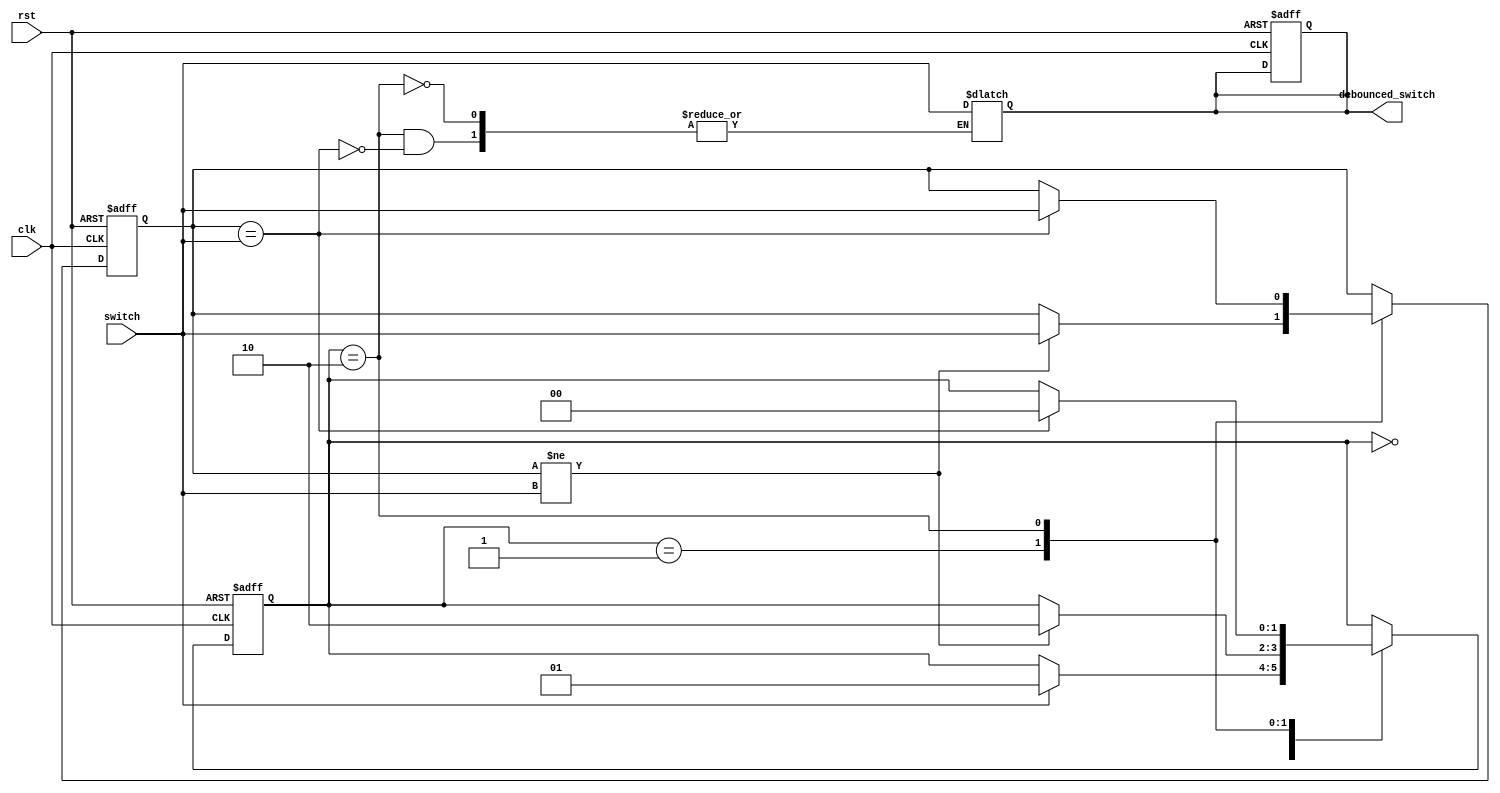
module debounce(input rst, clk, switch, output reg debounced_switch);
    parameter IDLE = 2'b00;
    parameter RISING_EDGE = 2'b01;
    parameter FALLING_EDGE = 2'b10;
    
    reg [1:0] state, next_state;
    reg sample, next_sample;
    
    always @(posedge clk or posedge rst) begin
        if (rst) begin
            state <= IDLE;
            sample <= 1'b0;
            debounced_switch <= 1'b0;
        end else begin
            state <= next_state;
            sample <= next_sample;
        end
    end
    
    always @* begin
        next_state = state;
        next_sample = sample;
        
        case (state)
            IDLE: begin
                if (switch) begin
                    next_state = RISING_EDGE;
                end
            end
            RISING_EDGE: begin
                if (sample != switch) begin
                    next_state = FALLING_EDGE;
                    next_sample = switch;
                end
            end
            FALLING_EDGE: begin
                if (sample == switch) begin
                    next_state = IDLE;
                    next_sample = switch;
                    debounced_switch <= switch;
                end
            end
        endcase
    end
endmodule